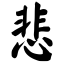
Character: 悲